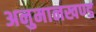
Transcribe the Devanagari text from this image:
अनुमानखण्ड